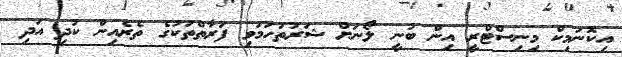
އިކޮނަމިކް މިނިސްޓްރީ އިން ބުނީ ލޯނަށް ޝަރުތުހަމަވި ފަރާތްތަކުގެ ތެރެއިން ކުދި އަދި